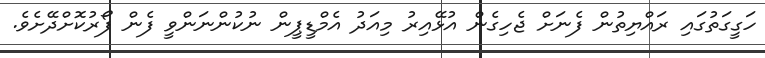
ހަގީގަތުގައި ރައްޔިތުން ފެނަށް ޖެހިގެން އުޅޭއިރު މިއަދު އެމްޑީޕީން ނުކުންނަންވީ ފެން ފޯރުކޮށްދޭށެވެ.